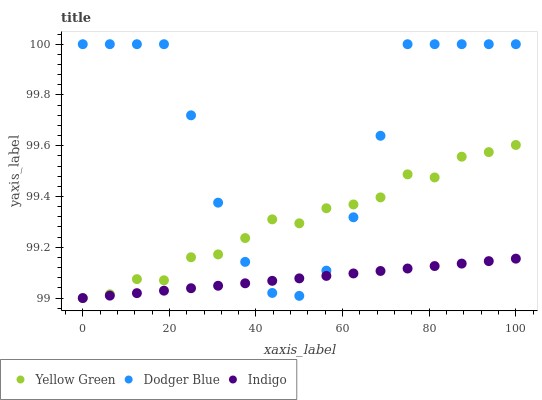
| xaxis_label | Yellow Green | Dodger Blue | Indigo |
 | --- | --- | --- | --- |
 | 0 | 99 | 100 | 99 |
 | 6.25 | 99 | 100 | 99 |
 | 12.5 | 99.1 | 100 | 99 |
 | 18.8 | 99.1 | 100 | 99 |
 | 25 | 99.2 | 99.7 | 99 |
 | 31.2 | 99.2 | 99.4 | 99 |
 | 37.5 | 99.2 | 99.1 | 99.1 |
 | 43.8 | 99.3 | 99 | 99.1 |
 | 50 | 99.3 | 99 | 99.1 |
 | 56.2 | 99.4 | 99.1 | 99.1 |
 | 62.5 | 99.4 | 99.3 | 99.1 |
 | 68.8 | 99.4 | 99.6 | 99.1 |
 | 75 | 99.5 | 100 | 99.1 |
 | 81.2 | 99.5 | 100 | 99.1 |
 | 87.5 | 99.6 | 100 | 99.1 |
 | 93.8 | 99.6 | 100 | 99.1 |
 | 100 | 99.6 | 100 | 99.2 |